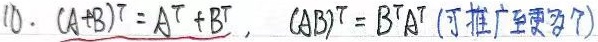
10. \((A + B)^T = A^T + B^T\)，\((AB)^T = B^T A^T\)（可推广至更多）